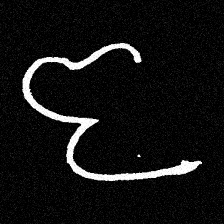
Pyu character \u2014 Myanmar letter: ဇ (romanized: ja)